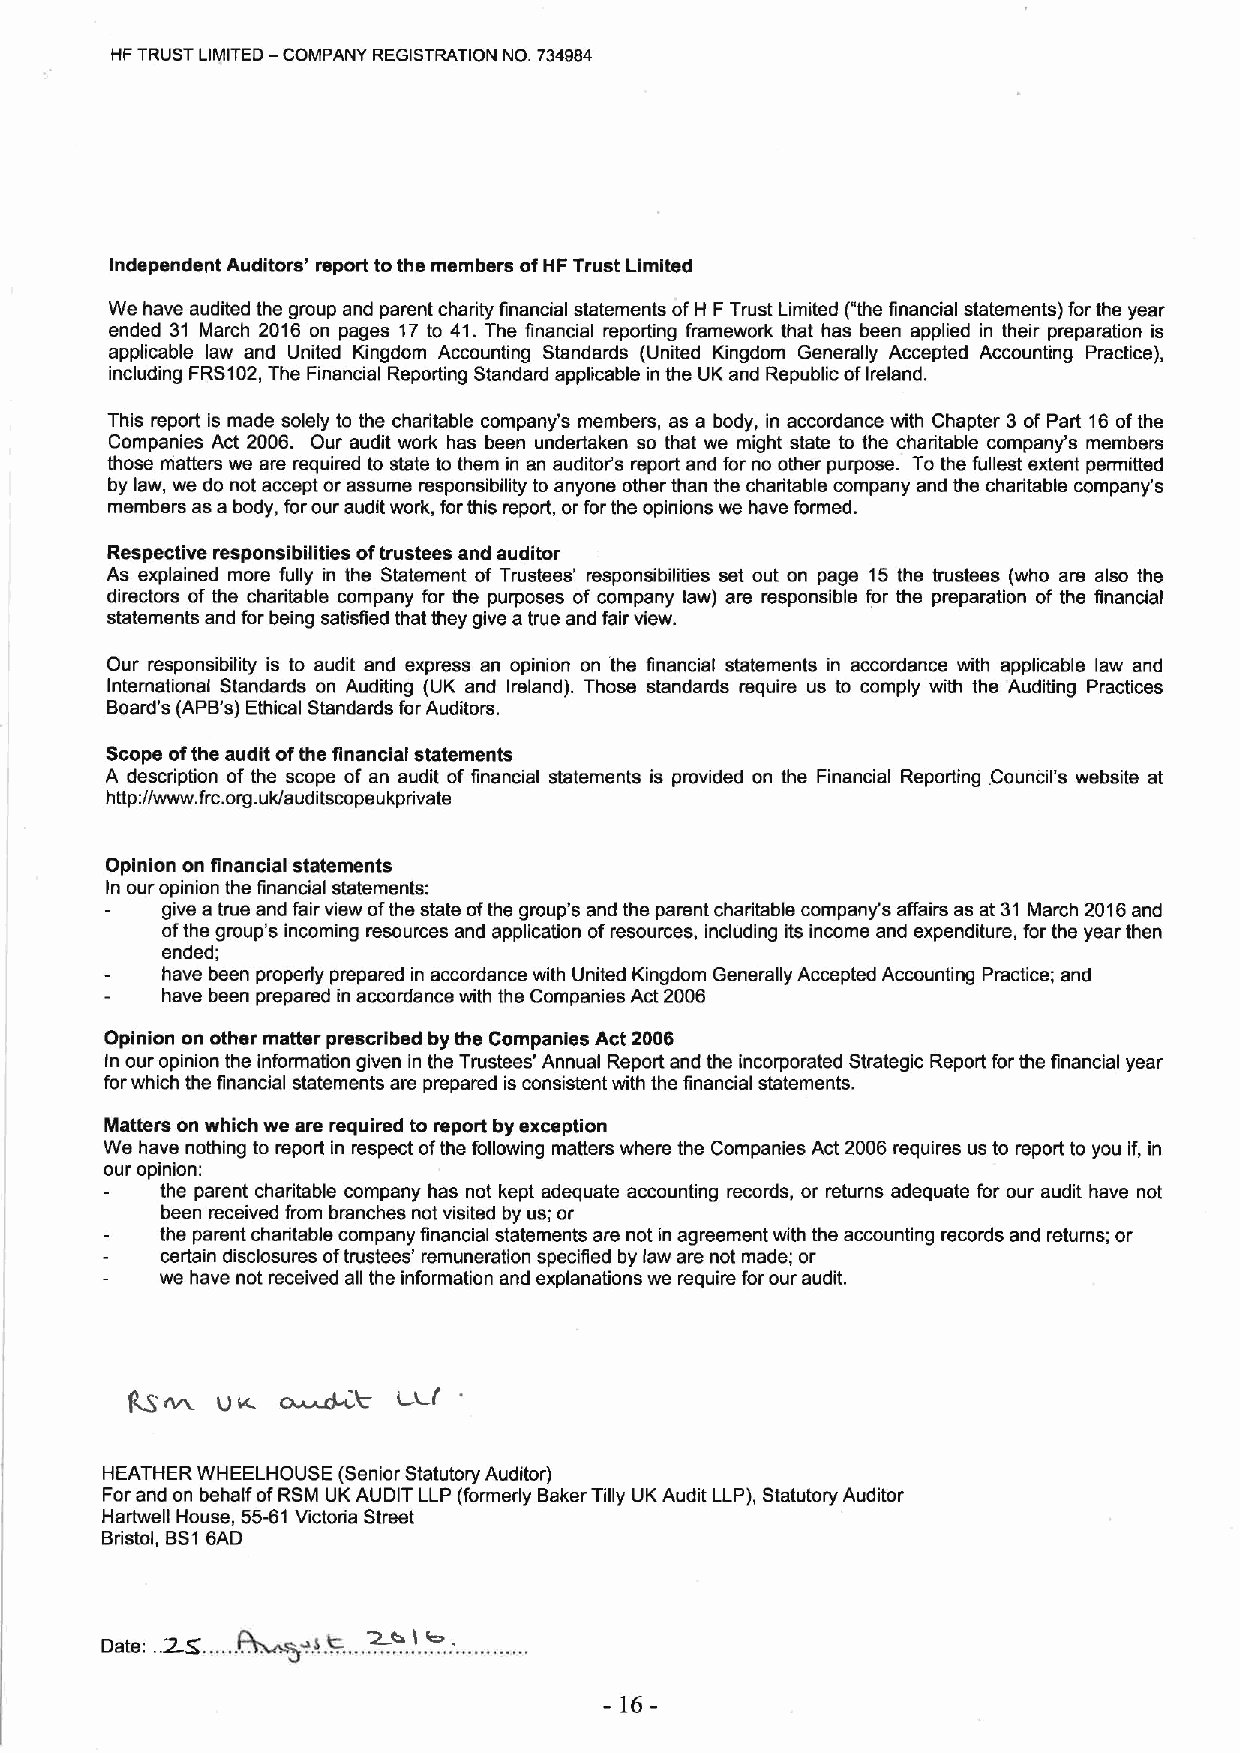
HF TRUST LIMITED — COMPANY REGISTRATION NO. 734984
 Independent Auditors' report tothe members ofHF Trust Limited
 We have audited the group and parent charity financial statements ofH FTrust Limited ("the financial statements) forthe year
 ended 31 March 2016 on pages 1f to 41.The financial reporting framework that has been applied in their preparation is
 applicable law and United Kingdom Accounting Standards (United Kingdom Generally Accepted Accounting Practice),
 including FRS102,The Financial Reporting Standard applicable in the UK and Republic ofIreland.
 This report is made solely to the charitable company's members, as a body, in accordance with Chapter 3of Part 16ofthe
 Companies Act 2006. Our audit work has been undertaken so that we might state to the charitable company's members
 those matters we are required to state to them in an auditor's report and for no other purpose. To the fullest extent permitted
 by law, we do not accept or assume responsibility to anyone other than the charitable company and the charitable company's
 members as a body, forour audit work, forthis report, or forthe opinions we have formed.
 Respective responsibilities oftrustees and auditor
 As explained more fully in the Statement of Trustees' responsibilities set out on page 15 the trustees (who are also the
 directors of the charitable company for the purposes of company law) are responsible for the preparation of the financial
 statements and for being satisfied that they give a true and fair view.
 Our responsibility is to audit and express an opinion on the financial statements in accordance with applicable law and
 International Standards on Auditing (UK and Ireland). Those standards require us to comply with the Auditing Practices
 Board's (APB's) Ethical Standards for Auditors.
 Scope ofthe audit ofthe financial statements
 A description of the scope of an audit of financial statements is provided on the Financial Reporting Council's website at
 http://www. frc.org.uk/auditscopeukprivate
 Opinion on financial statements
 In our opinion the financial statements:
 give a true and fair view ofthe state ofthe group's and the parent charitable company's affairs as at 31 March 2016and
 ofthe group's incoming resources and application ofresources, including its income and expenditure, for the year then
 ended;
 have been properly prepared in accordance with United Kingdom Generally Accepted Accounting Practice; and
 have been prepared in accordance with the Companies Act 2006
 Opinion on other matter prescribed by the Companies Act 2006
 In our opinion the information given in the Trustees' Annual Report and the incorporated Strategic Report forthe financial year
 forwhich the financial statements are prepared is consistent with the financial statements.
 Matters on which we are required to report by exception
 We have nothing to report in respect ofthe following matters where the Companies Act 2006 requires us to report to you if, in
 our opinion:
 the parent charitable company has not kept adequate accounting records, or returns adequate for our audit have not
 been received from branches not visited by us; or
 the parent charitable company financial statements are not in agreement with the accounting records and returns; or
 certain disclosures oftrustees' remuneration specified by law are not made; or
 we have not received afi the information and explanations we require forour audit.
 HEATHER WHEELHOUSE (Senior Statutory Auditor)
 Forand on behalf ofRSM UK AUDIT LLP (formerly Baker Tifiy UK Audit LLP), Statutory Auditor
 Hartwell House, 55-61Victoria Street
 Bristol, BS16AD
 -16-